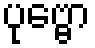
ပုဗ္ဗော